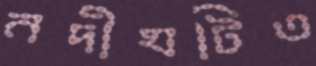
নদীঘটিত